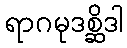
ရာဂမုဒစ္ဆိဒါ